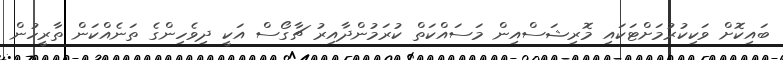
ބައިކޮށް ވަކިކުރުމަށްޓަކައި މޮރިޝަސްއިން މަސައްކަތް ކުރަމުންދާއިރު ޗާގޯސް އަކީ ދިވެހިންގެ ތަނެއްކަން ތާރީހުން